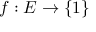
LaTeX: f : E \rightarrow \{ 1 \}